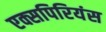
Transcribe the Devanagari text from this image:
एक्सपिरियंस